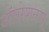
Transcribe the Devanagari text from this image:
ऑपरेशनस्